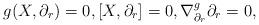
LaTeX: \begin{align*} g(X,\partial_r)=0,[X,\partial_r]=0, \nabla^{g}_{\partial_r}\partial_r=0, \end{align*}